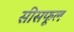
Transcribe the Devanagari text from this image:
सीसफूल